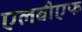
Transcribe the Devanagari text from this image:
एलबीएफ